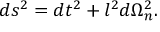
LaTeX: d s ^ { 2 } = d t ^ { 2 } + l ^ { 2 } d \Omega _ { n } ^ { 2 } .